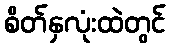
စိတ်နှလုံးထဲတွင်